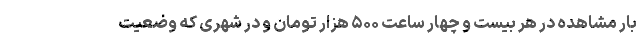
بار مشاهده در هر بیست و چهار ساعت ۵۰۰ هزار تومان و در شهری که وضعیت